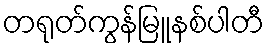
တရုတ်ကွန်မြူနစ်ပါတီ